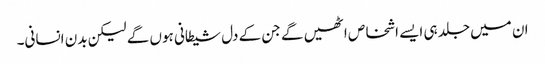
ان میں جلد ہی ایسے اشخاص اٹھیں گے جن کے دل شیطانی ہوں گے لیکن بدن انسانی۔